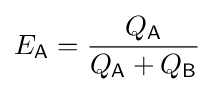
E_{\mathsf {A}}={\frac {Q_{\mathsf {A}}}{Q_{\mathsf {A}}+Q_{\mathsf {B}}}}